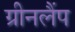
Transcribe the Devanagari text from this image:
ग्रीनलैंप